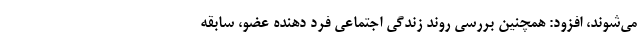
می‌شوند،‌ افزود: ‌همچنین بررسی روند زندگی اجتماعی فرد دهنده عضو، سابقه